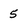
Character: 5